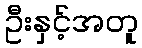
ဦးနှင့်အတူ